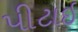
પીટાઇ